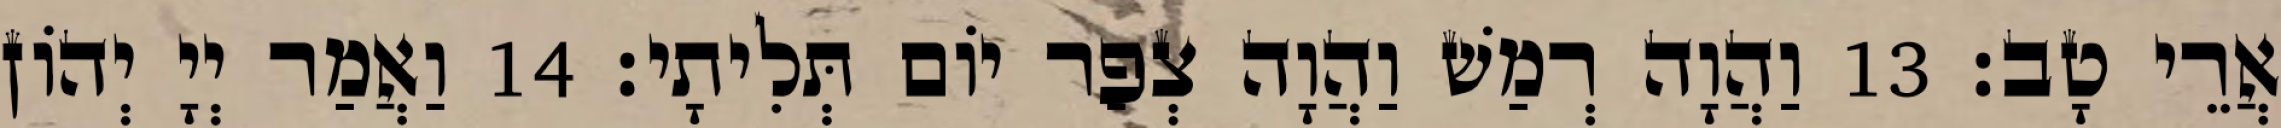
אֲרֵי טָב׃ 13 וַהֲוָה רְמַשׁ וַהֲוָה צְפַר יוֹם תְּלִיתָי׃ 14 וַאֲמַר יְיָ יְהוֹן